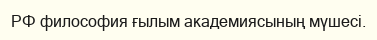
РФ философия ғылым академиясының мүшесі.